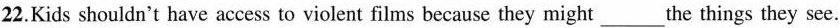
2.Kids shouldn't have access to violent films because they might_the things they see.